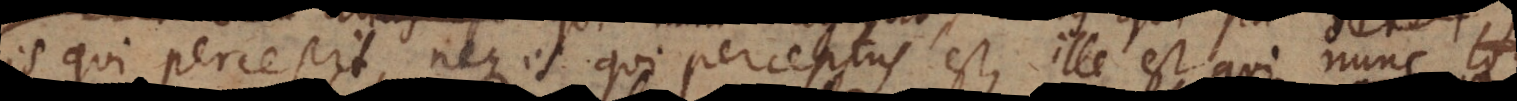
is qui percepit, neque is qui perceptus est, ille est qui nun